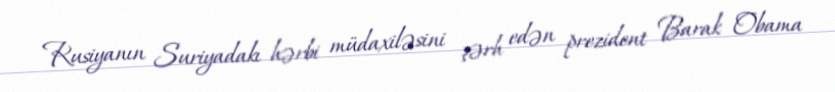
Rusiyanın Suriyadakı hərbi müdaxiləsini şərh edən prezident Barak Obama